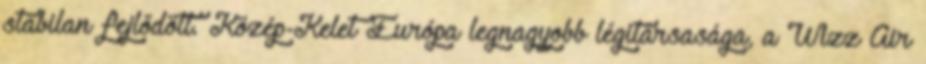
stabilan fejlődött. Közép-Kelet Európa legnagyobb légitársasága, a Wizz Air